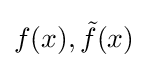
f(x),{\tilde {f}}(x)